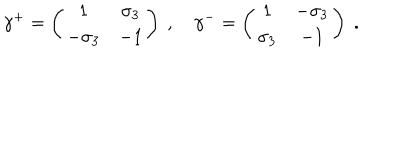
LaTeX: \gamma ^ { + } = \left( \begin{array} { c c } { { 1 } } & { { \sigma _ { 3 } } } \\ { { - \sigma _ { 3 } } } & { { - 1 } } \\ \end{array} \right) ~ , ~ \gamma ^ { - } = \left( \begin{array} { c c } { { 1 } } & { { - \sigma _ { 3 } } } \\ { { \sigma _ { 3 } } } & { { - 1 } } \\ \end{array} \right) \; .